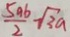
\frac { 5 a b } { 2 } - \sqrt { 3 a }